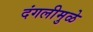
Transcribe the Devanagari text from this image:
दंगलीमुळे